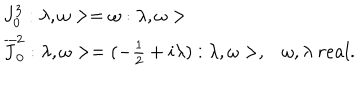
\begin{array} { l l } { { J _ { 0 } ^ { 3 } : \lambda , \omega > = \omega : \lambda , \omega > } } & { { } } \\ { { \overline { { { J } } } _ { 0 } ^ { 2 } : \lambda , \omega > = ( - \frac { 1 } { 2 } + i \lambda ) : \lambda , \omega > , } } & { { \omega , \lambda \ r e a l . } } \\ \end{array}